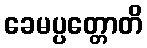
ခေမပ္ပတ္တောတိ